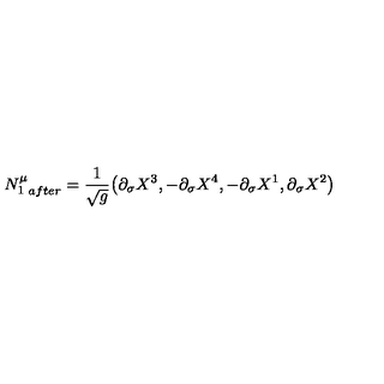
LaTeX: { N _ { 1 } ^ { \mu } } _ { a f t e r } = \frac 1 { \sqrt { g } } \big ( \partial _ { \sigma } X ^ { 3 } , - \partial _ { \sigma } X ^ { 4 } , - \partial _ { \sigma } X ^ { 1 } , \partial _ { \sigma } X ^ { 2 } \big )